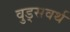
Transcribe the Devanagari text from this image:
वुड्सवर्थ